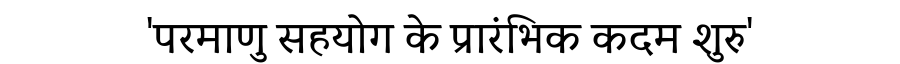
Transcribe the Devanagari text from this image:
'परमाणु सहयोग के प्रारंभिक कदम शुरु'